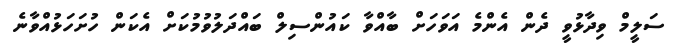
ސަލީމް ވިދާޅުވީ ދެން އެންމެ އަވަހަށް ބާއްވާ ކައުންސިލް ބައްދަލުވުމުކަށް އެކަން ހުށަހަޅުއްވާނެ